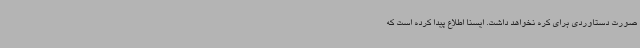
صورت دستاوردی برای کره نخواهد داشت. ایسنا اطلاع پیدا کرده است که